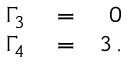
\begin{array} { r l r } { \Gamma _ { 3 } } & { { } = } & { 0 } \\ { \Gamma _ { 4 } } & { { } = } & { 3 \, . } \end{array}